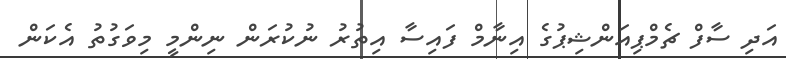
އަދި ސާފް ޗެމްޕިއަންޝިޕުގެ އިނާމް ފައިސާ އިތުރު ނުކުރަން ނިންމީ މިވަގުތު އެކަން